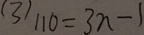
( 3 ) 1 1 0 = 3 n - 1